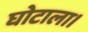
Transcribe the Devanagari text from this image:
घोटाला।